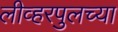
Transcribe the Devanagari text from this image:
लीव्हरपुलच्या